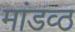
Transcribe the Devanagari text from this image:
मांडव्ठ